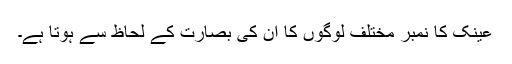
عینک کا نمبر مختلف لوگوں کا ان کی بصارت کے لحاظ سے ہوتا ہے۔